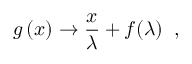
g \left( x \right) \rightarrow \frac { x } { \lambda } + f ( \lambda ) \; \; ,